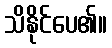
သိနိုင်ပေ၏။